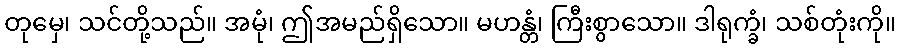
တုမှေ၊ သင်တို့သည်။ အမုံ၊ ဤအမည်ရှိသော။ မဟန္တံ၊ ကြီးစွာသော။ ဒါရုက္ခံ၊ သစ်တုံးကို။